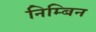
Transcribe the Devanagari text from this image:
निम्बिन